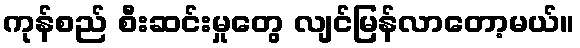
ကုန်စည် စီးဆင်းမှုတွေ လျင်မြန်လာတော့မယ်။